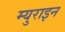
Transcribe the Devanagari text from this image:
म्युराइन